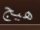
هيج